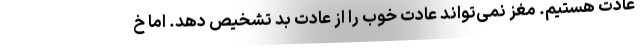
عادت هستیم. مغز نمی‌تواند عادت خوب را از عادت بد تشخیص دهد. اما خ